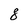
Character: 8